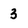
Character: 3